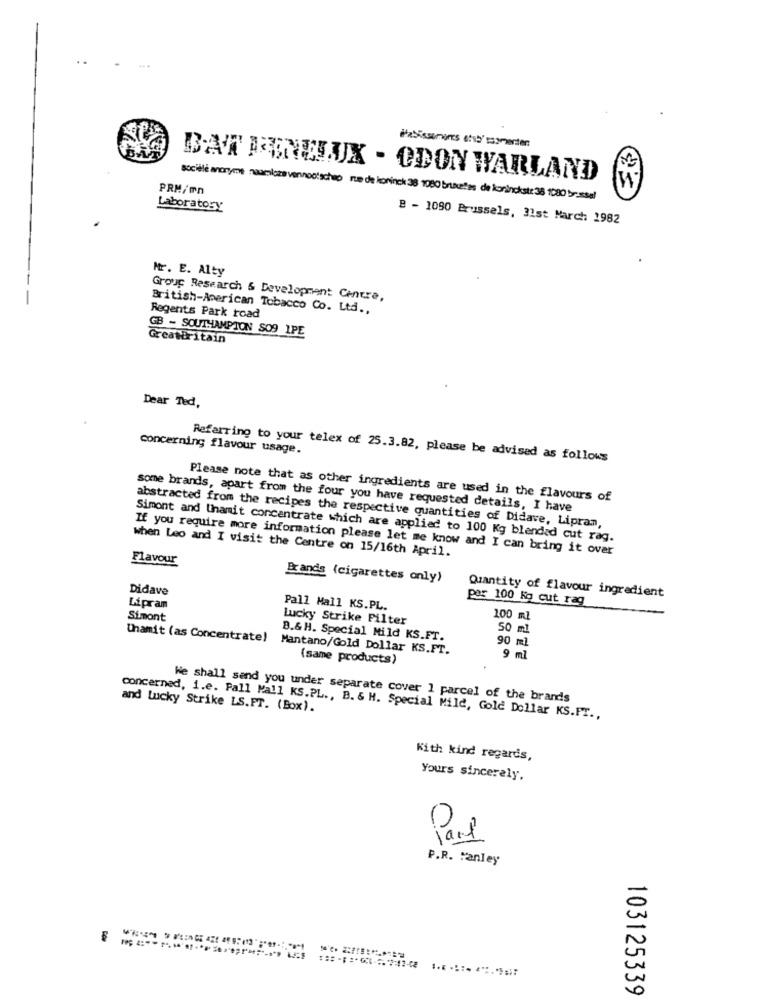
..
HeSissemanas ets'ssomenten
BAW BENELUX - ODON WARLAND
PRM/mn
société anonyme naamloze vennootschap rue de koninck 38 1080 bruantes de korinckst: 38 1080 besal
Laboratory
B - 1090 Brussels, 31st March 1982
Mr. E. Alty
Group Research & Development Centre,
British-American Tobacco Co. Ltd .,
Regents Park road
GB - SOUTHAMPTON SO9 1PE
GreatBritain
Dear Ted,
concerning flavour usage.
Referring to your telex of 25.3.82, please be advised as follows
Please note that as other ingredients are used in the flavours of
some brands, apart from the four you have requested details, I have
abstracted from the recipes the respective quantities of Didave, Lipram,
Simont and Unamit concentrate which are applied to 100 Kg blended cut rag.
when Leo and I visit the Centre on 15/16th April.
If you require more information please let me know and I can bring it over
Flavour
Brands (cigarettes only)
Didave
per 100 Kg cut rag
Quantity of flavour ingredient
Lipram
Pall Mall KS.PL.
Simont
Lucky Strike Filter
100 ml
50 ml
B.& H. Special Mild KS.FT.
90 ml
Unamit (as Concentrate) Mantano/Gold Dollar KS.FT.
(same products)
9 ml
he shall send you under separate cover 1 parcel of the brands
and Lucky Strike LS.FT. (Box).
concerned, i.e. Pall Mall KS.PL ., B. & H. Special Mild, Gold Dollar KS.FT .,
With kind regards,
Yours sincerely,
0.
P.R. Manley
103125339